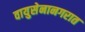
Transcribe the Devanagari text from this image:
वायुसेनानगरात